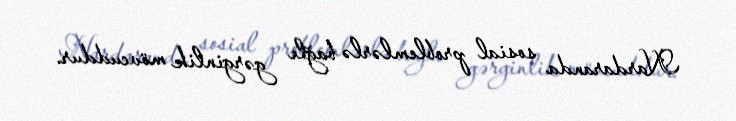
Nardaranda sosial problemlərlə bağlı gərginlik mövcuddur.